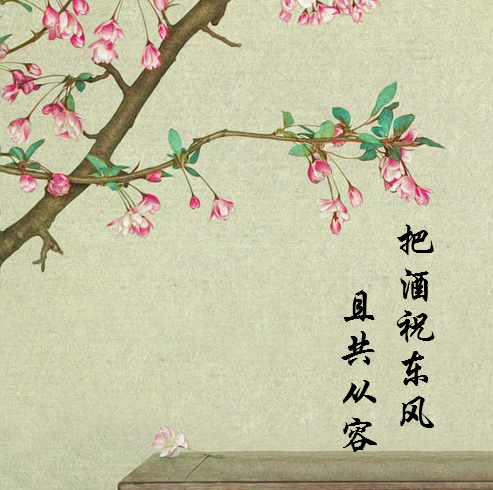
把酒祝东风。且共从容。